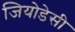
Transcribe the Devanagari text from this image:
जियोडेसी